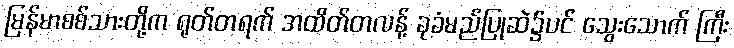
မြန်မာစစ်သားတို့က ရုတ်တရက် အထိတ်တလန့် ခုခံမည်ပြုဆဲ၌ပင် သွေးသောက် ကြီး